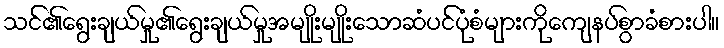
သင်၏ရွေးချယ်မှု၏ရွေးချယ်မှုအမျိုးမျိုးသောဆံပင်ပုံစံများကိုကျေနပ်စွာခံစားပါ။